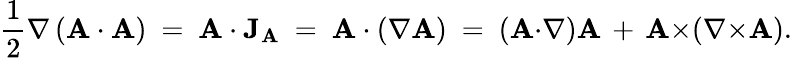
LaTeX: {\frac{1}{2}}\nabla\left(\mathbf{A}\cdot\mathbf{A}\right)\ =\ \mathbf{A}\cdot\mathbf{J}_{\mathbf{A}}\ =\ \mathbf{A}\cdot(\nabla\mathbf{A})\ =\ (\mathbf{A}{\cdot}\nabla)\mathbf{A}\, +\, \mathbf{A}{\times}(\nabla{\times}\mathbf{A}).